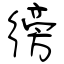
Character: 徬